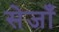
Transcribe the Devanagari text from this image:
सेजाँ